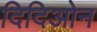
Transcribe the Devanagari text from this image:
दिदिओन